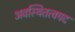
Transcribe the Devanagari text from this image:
अवस्थितत्वपद